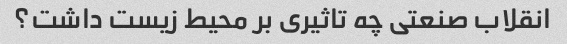
انقلاب صنعتی چه تاثیری بر محیط زیست داشت؟